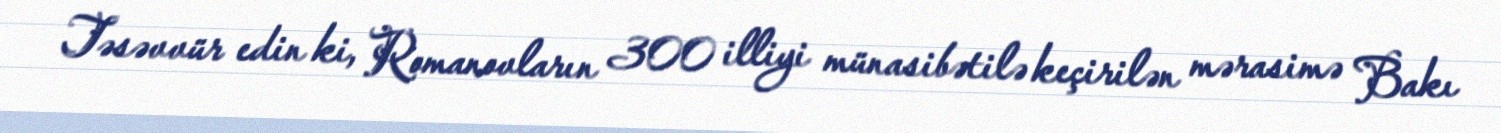
Təsəvvür edin ki, Romanovların 300 illiyi münasibətilə keçirilən mərasimə Bakı